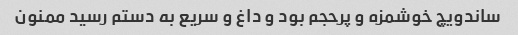
ساندویچ خوشمزه و پرحجم بود و داغ و سریع به دستم رسید ممنون